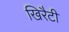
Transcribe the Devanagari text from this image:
खिरैटी